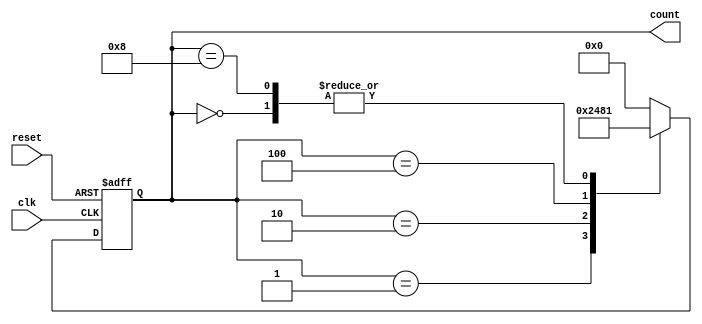
module decade_ring_counter (
    input wire clk,       // Clock input
    input wire reset,     // Asynchronous reset
    output reg [3:0] count  // 4-bit output for the current state
);

// Define the state transition logic
always @(posedge clk or posedge reset) begin
    if (reset) begin
        // Reset state
        count <= 4'b0000;  // Initialize to 0000
    end else begin
        // Ring counter state transition logic
        case (count)
            4'b0000: count <= 4'b0001; // 0 -> 1
            4'b0001: count <= 4'b0010; // 1 -> 2
            4'b0010: count <= 4'b0100; // 2 -> 4
            4'b0100: count <= 4'b1000; // 4 -> 8
            4'b1000: count <= 4'b0001; // 8 -> 1 (wrap around)
            default: count <= 4'b0000;  // Default case to handle unexpected states
        endcase
    end
end

endmodule